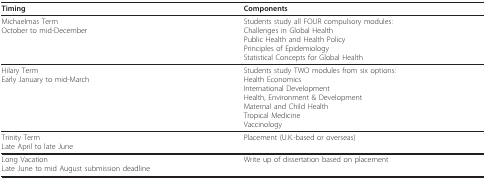
| Timing | Components |
 | --- | --- |
 | Michaelmas TermOctober to mid-December | Students study all FOUR compulsory modules:Challenges in Global HealthPublic Health and Health PolicyPrinciples of EpidemiologyStatistical Concepts for Global Health |
 | Hilary TermEarly January to mid-March | Students study TWO modules from six options:Health EconomicsInternational DevelopmentHealth, Environment & DevelopmentMaternal and Child HealthTropical MedicineVaccinology |
 | Trinity TermLate April to late June | Placement (U.K.-based or overseas) |
 | Long VacationLate June to mid August submission deadline | Write up of dissertation based on placement |